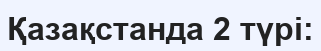
Қазақстанда 2 түрі: